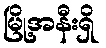
မြို့အနီးရှိ